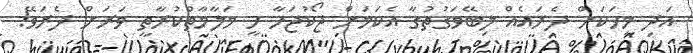
އަދި މީހަކަށް ދެރައެއް ލިބޭވަގުތުގާ އެކަމަށް ޖޯކުޖަހާ ހީ މަލާމާތްކުރާތީ ވަރަށް ދެރަވޭ!